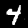
Digit: 4